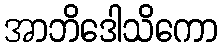
အာဘိဒေါသိကော